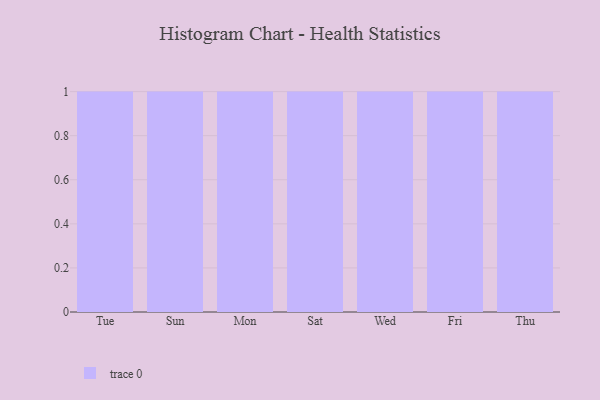
{"axis": {"x": "Day", "y": "Demand Index"}, "legend": [""], "data": [{"x": "Tue", "y": 37, "type": ""}, {"x": "Sun", "y": 21, "type": ""}, {"x": "Mon", "y": 98, "type": ""}, {"x": "Sat", "y": 50, "type": ""}, {"x": "Wed", "y": 48, "type": ""}, {"x": "Fri", "y": 81, "type": ""}, {"x": "Thu", "y": 85, "type": ""}]}